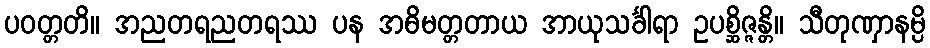
ပဝတ္တတိ။ အညတရညတရဿ ပန အဓိမတ္တတာယ အာယုသင်္ခါရာ ဥပစ္ဆိဇ္ဇန္တိ။ သီတုဏှာနမ္ပိ